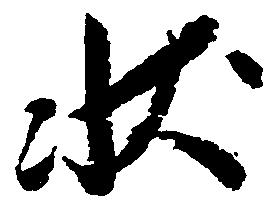
状